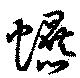
爆